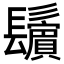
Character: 𩯫